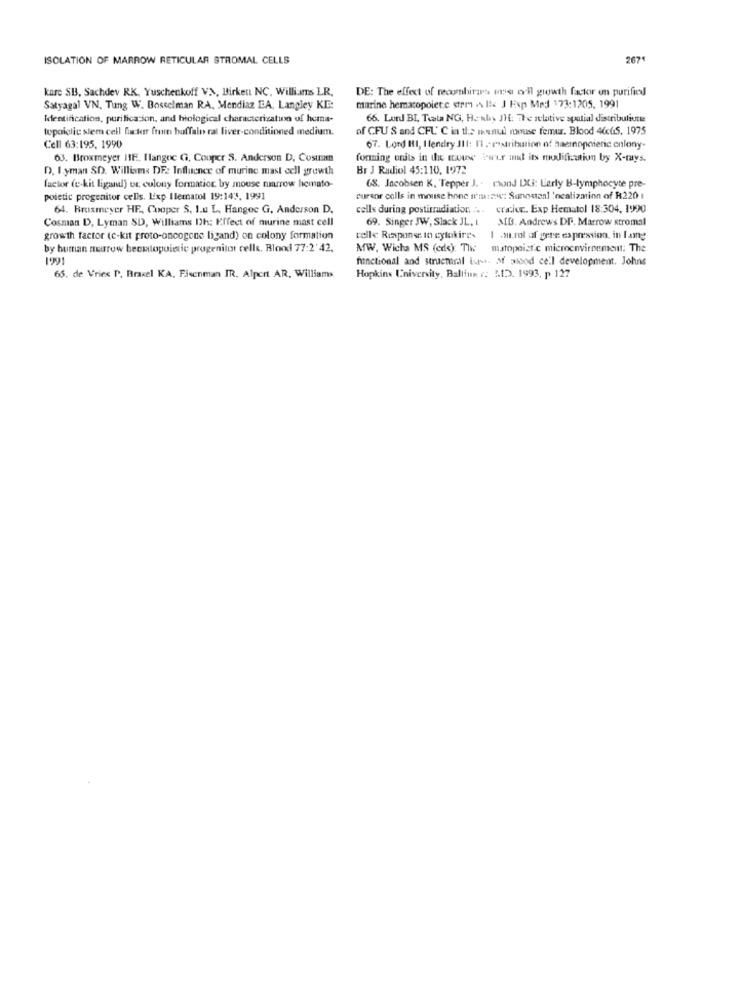
ISOLATION OF MARROW RETICULAR STROMAL CELLS
267
kare SB, Sachdev RK, Yuschenkoff VN, Birket NC, Willi.As LR.
DE: The effect of recombiras we all growth factor on purified
Satyagal VN. Tung W. Bosselman RA, Mendiaz EA, Langley KE:
marine hematopoietc strm . : J Exp Mad 173:1205, 1991
Identification, purificacion, and biological characterization of hemna-
66. Lord BI, Tiata NG, Hanly DH: The relative spatial distribuliune
topoiclic stem cell factor from buffalo ral liver-conditioned medium.
of CFU S and CFL' C in the menuil mouse femur. Blood 46cGS. 1975
Cell 63:195, 1990
67. Lond HI, I fendry J11: 11 . eastritation of haemopcienic colony-
03. Broxmeyer HIE. Hangoc G, Cooper S. Anderson D, Cosusam
forming units in the true "wir aut its modification by X-rays.
D. I.yman SD. William: DF: Influence of murine mast cell growth
Br J Radiol 45:110, 1972
factor (e-kit ligand) or colony formation by mouse narrow hemato-
68. Incobsen K, Tepper J. - riond LXi: Lerly B-lymphocyte pre-
poietic progenitor cells. Lixp Ilematol 19:143, 1991
cureor colls in mouse hone muszw: Sonostanl 'ocalization of R220 :
64. Bruxmeyer HF ., Cooper S. I.u L. Hangee G. Anderson D.
cells during postirradiation ... eraice. Exp Hematol 18:304, 1990
Cosman D, Lyman SD, Williams Dh: Effect of murine mast cell
69. Singer JW, Slack JL, I
MB. Andrews DP. Marrow stromal
growth factor (c-kit proto-oncogene ligand) on colony formation
celle Response to cylakire-
1 su.rol of gere expression, in lang
by buman neurow becutopolatic progenitor cells. Blond 77:2'42.
MW, Wicha MS (cdc): The matopoist.c microenvironment: The
1991
functional and structral lupus. M piood ce'l development. Johns
65. de Vries P. Braxel KA, Ficenman IR. Alpert AR, Williams
Hopkins University, Balliun : "1D. 1993. p 127